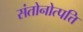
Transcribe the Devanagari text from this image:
संतोनोत्पत्ति